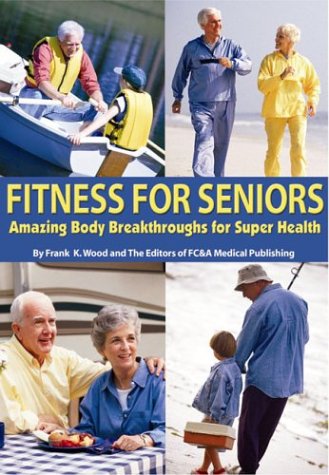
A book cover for Fitness for Seniors: Amazing Body Breakthroughs for Super Health; Frank K. Wood; Health, Fitness & Dieting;